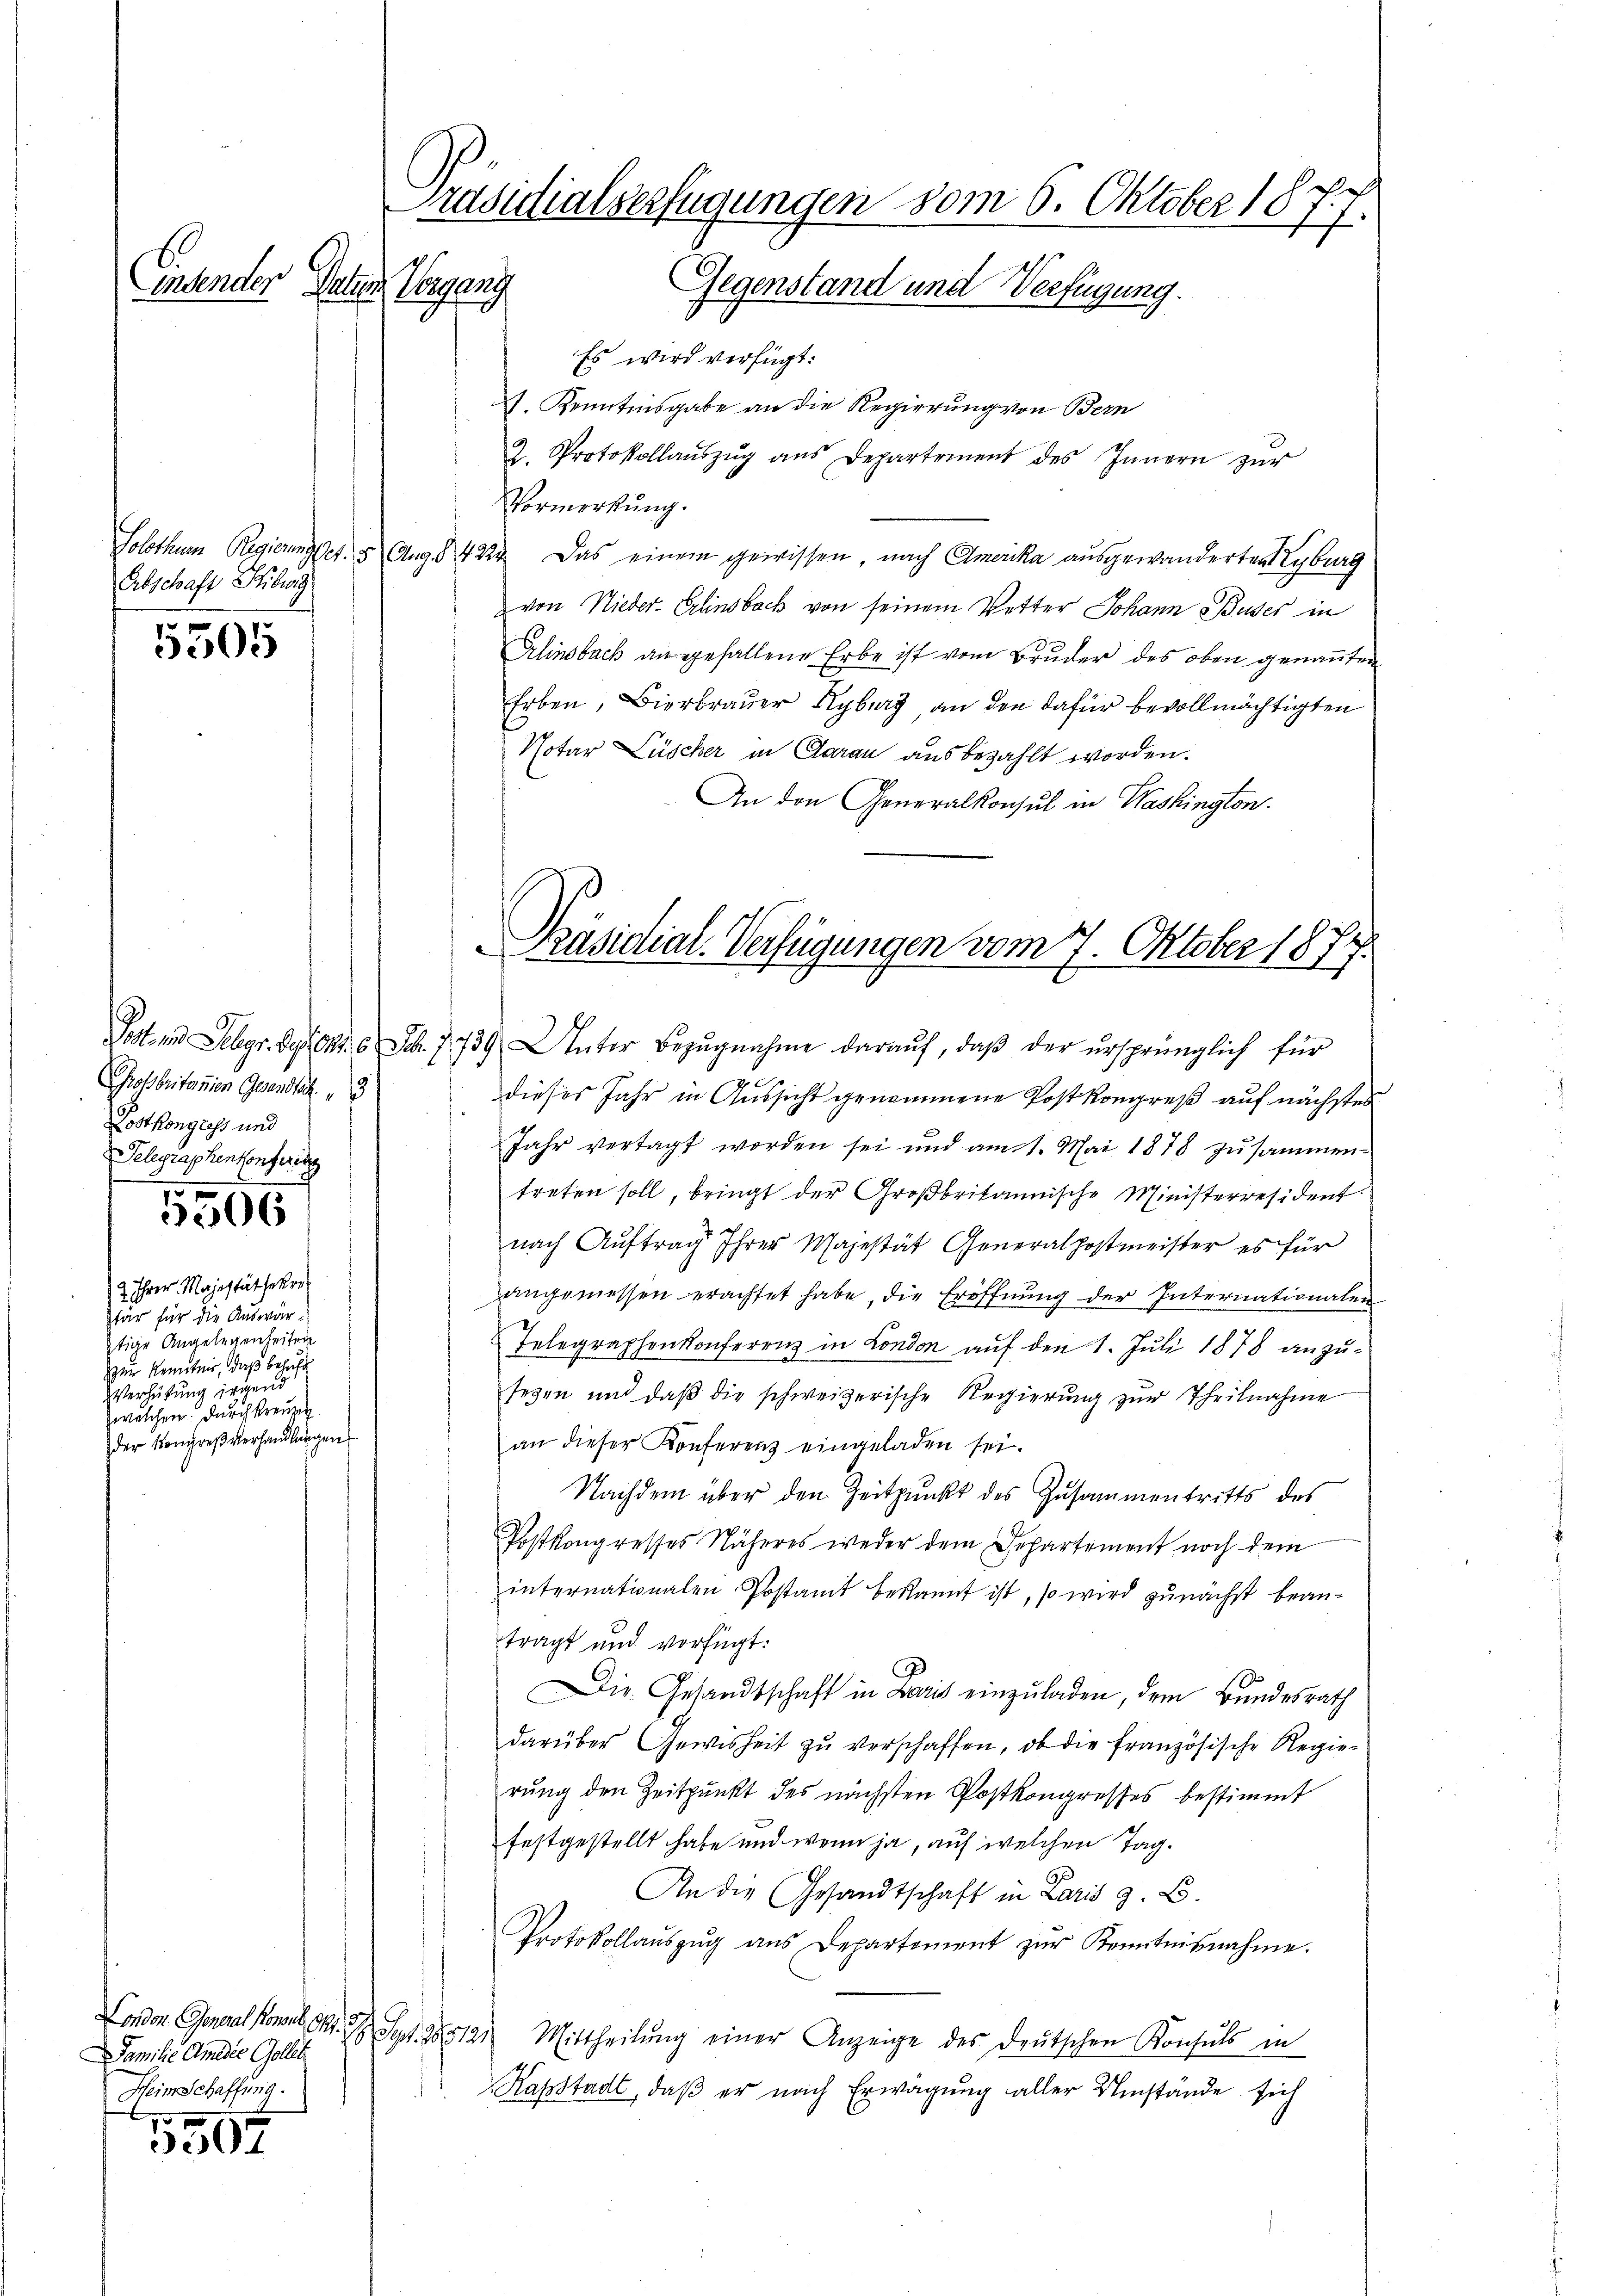
Abschaft Kiburg

5505

Prosbritanien Gesandter
Lostkongress und
 Telegraphenkonferin

5500

2 Ihrer Majestät hekret
tär für die Auswärtige Angelegenheiten
zur Kenntnis, daß behaft
Verhütung irgend
welchen durchkreuzig.
der Kongreß verhandlungen

Familie Amader Gollt
Heinschaffung.

5507

Präsidialverfügungen vom 6. Oktober 1877.
Einsender Paten Vorgang
Gegenstand und Verfügung.

Es wird verfügt:
. Kenntnisgabe an die Regierung von Bern
2. Protokollaŭszŭg aŭs Departement des Innern zŭr
Vormerkung.
Solothum Regierungset. 5 Aug § 4223. Das einem gewissen, nach Amerika ausgewanderten Kyburg
von Nieder-Erlinsback von seinem Vetter Johann Buder in
Erlinsbach an gefallene Erbe ist vom Bruder des oben genannten
Erben, Bierbrauer Kyburg an den dafür bevollmächtigten
Notar Lüscher in Caran aus bezahlt worden.
An den Generalkonsul in Washington.

Post und Gelegr. Seien. 6. S. 7739. Unter Bezŭgnahme daraŭf, daβ der ursprünglich für
dieses Jahr in Aŭssicht genommene Postkongreß auf nächsten
Jahr vertagt worden sei und am 1. Mai 1878 zusammen-
treten soll, bringt der Großbritannische Ministerresident.
nach Auftrag Ihrer Majestät Generalpostmeister es für
angemessen erachtet habe, die Eröffnŭng der Internationalen
Telegraphenkonferenz in London auf den 1. Juli 1878 anzusegen und daβ die schweizerische Regierŭng zŭr Theilnahme
an dieser Konferenz eingeladen sei.
Nachdem über den Zeitpunkt des Zusammentritts des
Postkongresses Näheres weder dem Departement noch dem
internationalen Postamt bekannt ist, so wird zunächst beantragt und vorfügt:
Die Gesandtschaft in Laris einzuladen, dem Bundesrath
darüber Gewisheit zŭ verschaffen, ob die französische Regie-
rung den Zeitpunkt des nächsten Postkongresses bestimmt
festgestellt habe und wenn ja, auf welchen Tag¬
An die Gesandtschaft in Laris z. B.
Protokollaŭszŭg ans Departement zŭr Kenntnisnahme.
London Generalkonsul S. 39 Sgr. 28512. Mittheilŭng einer Anzeige des deŭtschen Konsuls in
assstadt, daβ er nach Erwägung aller Umstände sich

Präsidial-Verfügungen vom 7. Oktober 1879